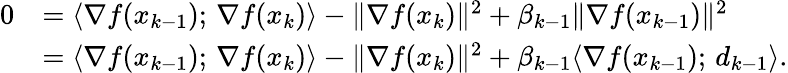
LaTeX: \begin{array}{rl}{0}&{=\langle\nabla f(x_{k-1});\, \nabla f(x_{k})\rangle-\| \nabla f(x_{k})\| ^{2}+\beta_{k-1}\| \nabla f(x_{k-1})\| ^{2}}\\ &{=\langle\nabla f(x_{k-1});\, \nabla f(x_{k})\rangle-\| \nabla f(x_{k})\| ^{2}+\beta_{k-1}\langle\nabla f(x_{k-1});\, d_{k-1}\rangle.}\end{array}